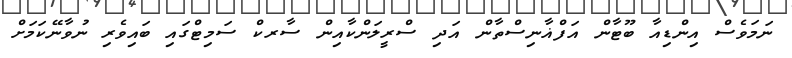
ނަމަވެސް އިންޑިއާ ބޫޓާން އަފްޣާނިސްތާން އަދި ސްރީލަންކާއިން ސާރކް ސަމިޓްގައި ބައިވެރި ނުވާނޭކަމަށް